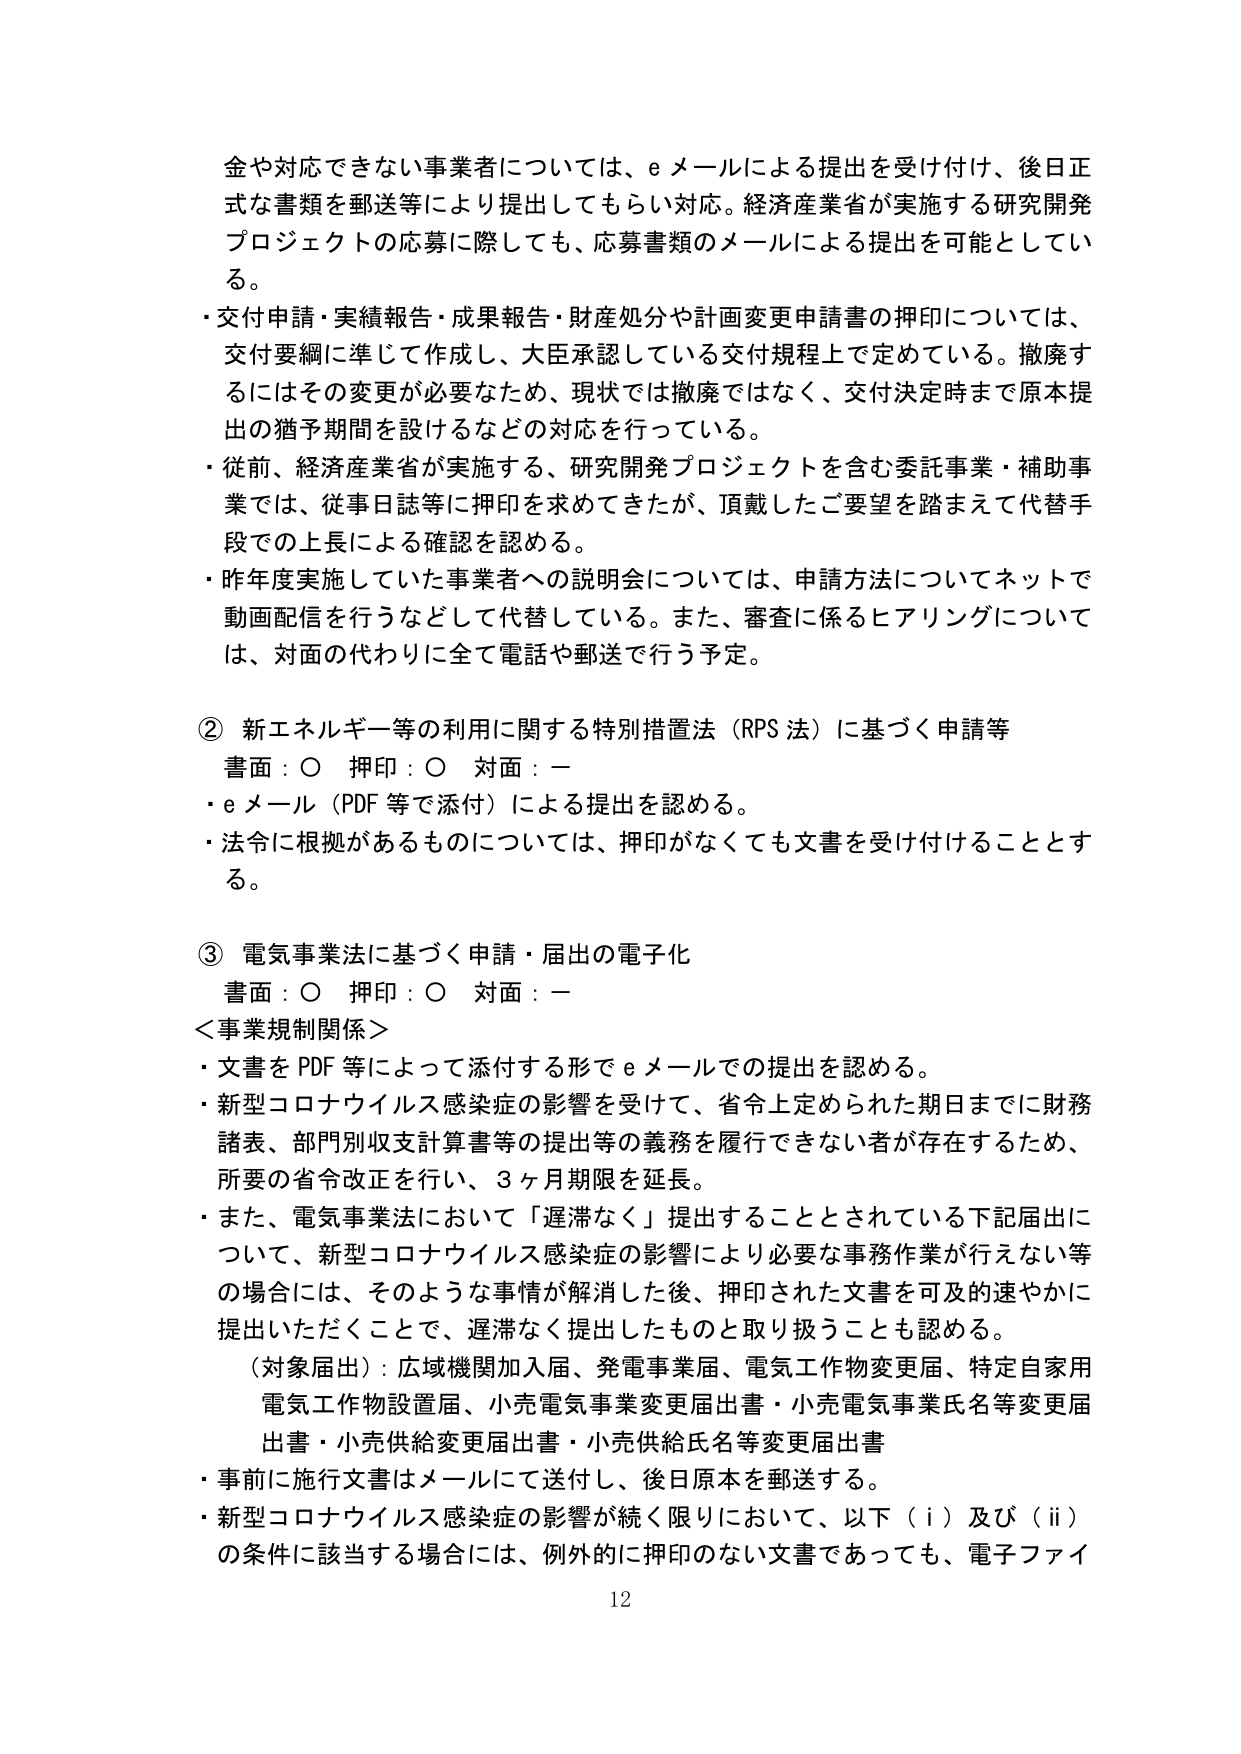
金や対応できない事業者については、eメールによる提出を受け付け、後日正式な書類を郵送等により提出してもらい対応。経済産業省が実施する研究開発プロジェクトの応募に際しても、応募書類のメールによる提出を可能としている。

・交付申請・実績報告・成果報告・財産処分や計画変更申請書の押印については、交付要綱に準じて作成し、大臣承認している交付規程上で定めている。撤廃するにはその変更が必要なため、現状では撤廃ではなく、交付決定時まで原本提出の猶予期間を設けるなどの対応を行っている。

・従前、経済産業省が実施する、研究開発プロジェクトを含む委託事業・補助事業では、従事日誌等に押印を求めてきたが、頂戴したご要望を踏まえて代替手段での上長による確認を認める。

・昨年度実施していた事業者への説明会については、申請方法についてネットで動画配信を行うなどして代替している。また、審査に係るヒアリングについては、対面の代わりに全て電話や郵送で行う予定。

② 新エネルギー等の利用に関する特別措置法（RPS法）に基づく申請等
書面：○ 押印：○ 対面：ー
・eメール（PDF等で添付）による提出を認める。
・法令に根拠があるものについては、押印がなくても文書を受け付けることとする。

③ 電気事業法に基づく申請・届出の電子化
書面：○ 押印：○ 対面：ー
＜事業規制関係＞
・文書をPDF等によって添付する形でeメールでの提出を認める。
・新型コロナウイルス感染症の影響を受けて、省令上定められた期日までに財務諸表、部門別収支計算書等の提出等の義務を履行できない者が存在するため、所要の省令改正を行い、3ヶ月期限を延長。
・また、電気事業法において「遅滞なく」提出することとされている下記届出について、新型コロナウイルス感染症の影響により必要な事務作業が行えない等の場合には、そのような事情が解消した後、押印された文書を可及的速やかに提出いただくことで、遅滞なく提出したものと取り扱うことも認める。
（対象届出）：広域機関加入届、発電事業届、電気工作物変更届、特定自家用電気工作物設置届、小売電気事業変更届出書・小売電気事業氏名等変更届出書・小売供給変更届出書・小売供給氏名等変更届出書
・事前に施行文書はメールにて送付し、後日原本を郵送する。
・新型コロナウイルス感染症の影響が続く限りにおいて、以下（i）及び（ii）の条件に該当する場合には、例外的に押印のない文書であっても、電子ファイ

12